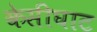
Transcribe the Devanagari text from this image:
केसीघाट